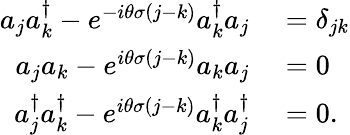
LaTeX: \begin{array}{rl}{{a}_{j}{a}_{k}^{\dagger}-e^{-i\theta\sigma(j-k)}{a}_{k}^{\dagger}{a}_{j}}&{{}=\delta_{jk}}\\ {{a}_{j}{a}_{k}-e^{i\theta\sigma(j-k)}{a}_{k}{a}_{j}}&{{}=0}\\ {{a}_{j}^{\dagger}{a}_{k}^{\dagger}-e^{i\theta\sigma(j-k)}{a}_{k}^{\dagger}{a}_{j}^{\dagger}}&{{}=0.}\end{array}